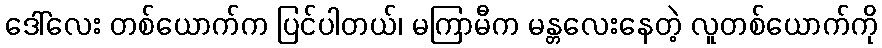
ဒေါ်လေး တစ်ယောက်က ပြင်ပါတယ်၊ မကြာမီက မန္တလေးနေတဲ့ လူတစ်ယောက်ကို